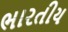
ભારતીય